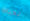
بحياة